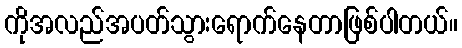
ကိုအလည်အပတ်သွားရောက်နေတာဖြစ်ပါတယ်။